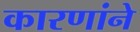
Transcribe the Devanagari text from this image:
कारणांने